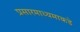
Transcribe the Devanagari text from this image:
प्रसारमाध्यमाकडे